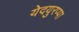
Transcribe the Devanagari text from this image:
येदयुरप्पा